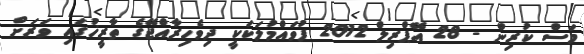
މަސް ކުރިން - 28 އޭޕްރިލް 2012 ފުވައްމުލަކަކީ ދިވެހިރާއްޖޭގެ ތާރީޚުގައި ވަރަށް